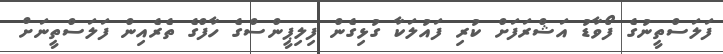
ފަލަސްތީނުގެ ފޯވާޑު އަޝްރަފަށް ކުރި ފައުލަކާ ގުޅިގެން ފިލިޕީންސްގެ ހާފްގެ ތެރެއިން ފަލަސްތީނަށް